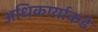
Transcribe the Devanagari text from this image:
अधिकार्याकडे